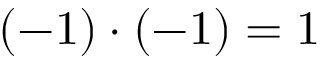
( - 1 ) \cdot ( - 1 ) = 1